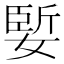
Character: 𪦑